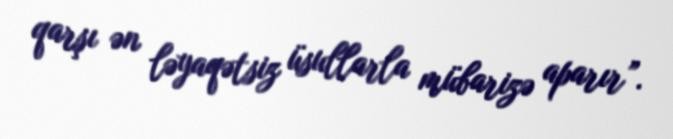
qarşı ən ləyaqətsiz üsullarla mübarizə aparır”.